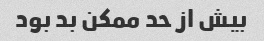
بیش از حد ممکن بد بود